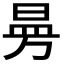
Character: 𭦗